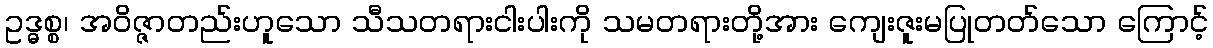
ဥဒ္ဓစ္စ၊ အဝိဇ္ဇာတည်းဟူသော သီသတရားငါးပါးကို သမတရားတို့အား ကျေးဇူးမပြုတတ်သော ကြောင့်